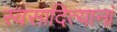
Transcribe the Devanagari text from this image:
स्वसादित्यानां